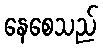
နေစေသည်